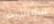
سوفاروف